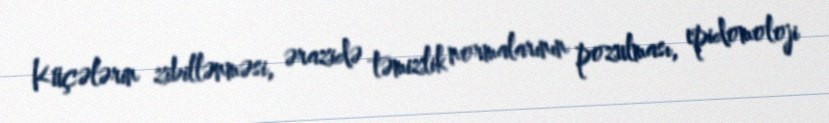
Küçələrin zibillənməsi, ərazidə təmizlik normalarının pozulması, epidomoloji